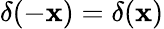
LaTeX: \delta(-\mathbf{x})=\delta(\mathbf{x})